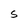
Character: S